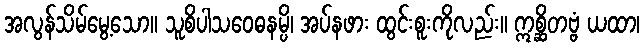
အလွန်သိမ်မွေ့သော။ သူစိပါသဝေဓနမ္ပိ၊ အပ်နဖား ထွင်းစူးကိုလည်း။ ဣစ္ဆိတဗ္ဗံ ယထာ၊